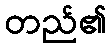
တည်၏